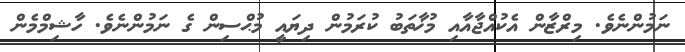
ނަމުންނެވެ. މިރްޒާން އެކުއްޖާއާއި މުޚާތަބު ކުރަމުން ދިޔައީ މުޙްސިން ގެ ނަމުންނެވެ. ހާޝިމްމެން